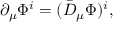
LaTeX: \partial _ { \mu } { \mit \Phi } ^ { i } = ( \bar { D } _ { \mu } { \mit \Phi } ) ^ { i } ,